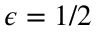
\epsilon = 1 / 2